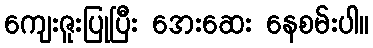
ကျေးဇူးပြုပြီး အေးဆေး နေစမ်းပါ။